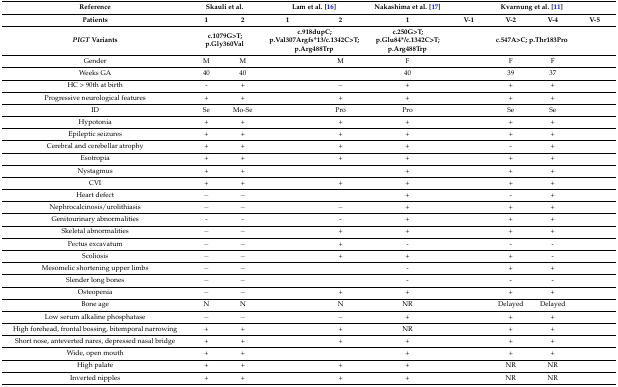
<table><thead><tr><td><b>Reference</b></td><td colspan="2"><b>Skauli et al.</b></td><td colspan="2"><b>Lam et al. [16]</b></td><td><b>Nakashima et al. [17]</b></td><td colspan="4"><b>Kvarnung et al. [11]</b></td></tr><tr><td><b>Patients</b></td><td><b>1</b></td><td><b>2</b></td><td><b>1</b></td><td><b>2</b></td><td><b>1</b></td><td><b>V-1</b></td><td><b>V-2</b></td><td><b>V-4</b></td><td><b>V-5</b></td></tr><tr><td><b><i>PIGT</i> Variants</b></td><td colspan="2"><b>c.1079G&gt;T; p.Gly360Val</b></td><td colspan="2"><b>c.918dupC; p.Val307Argfs*13/c.1342C&gt;T; p.Arg488Trp</b></td><td><b>c.250G&gt;T; p.Glu84*/c.1342C&gt;T; p.Arg488Trp</b></td><td colspan="4"><b>c.547A&gt;C; p.Thr183Pro</b></td></tr></thead><tbody><tr><td>Gender</td><td>M</td><td>M</td><td>[EMPTY_CELL]</td><td>M</td><td>F</td><td>[EMPTY_CELL]</td><td>F</td><td>F</td><td>[EMPTY_CELL]</td></tr><tr><td>Weeks GA</td><td>40</td><td>40</td><td>[EMPTY_CELL]</td><td>[EMPTY_CELL]</td><td>40</td><td>[EMPTY_CELL]</td><td>39</td><td>37</td><td>[EMPTY_CELL]</td></tr><tr><td>HC &gt; 90th at birth</td><td>-</td><td>+</td><td>[EMPTY_CELL]</td><td>−</td><td>+</td><td>[EMPTY_CELL]</td><td>+</td><td>+</td><td>[EMPTY_CELL]</td></tr><tr><td>Progressive neurological features</td><td>+</td><td>+</td><td>[EMPTY_CELL]</td><td>+</td><td>+</td><td>[EMPTY_CELL]</td><td>+</td><td>+</td><td>[EMPTY_CELL]</td></tr><tr><td>ID</td><td>Se</td><td>Mo-Se</td><td>[EMPTY_CELL]</td><td>Pro</td><td>Pro</td><td>[EMPTY_CELL]</td><td>Se</td><td>Se</td><td>[EMPTY_CELL]</td></tr><tr><td>Hypotonia</td><td>+</td><td>+</td><td>[EMPTY_CELL]</td><td>+</td><td>+</td><td>[EMPTY_CELL]</td><td>+</td><td>+</td><td>[EMPTY_CELL]</td></tr><tr><td>Epileptic seizures</td><td>+</td><td>+</td><td>[EMPTY_CELL]</td><td>+</td><td>+</td><td>[EMPTY_CELL]</td><td>+</td><td>+</td><td>[EMPTY_CELL]</td></tr><tr><td>Cerebral and cerebellar atrophy</td><td>+</td><td>+</td><td>[EMPTY_CELL]</td><td>+</td><td>+</td><td>[EMPTY_CELL]</td><td>-</td><td>+</td><td>[EMPTY_CELL]</td></tr><tr><td>Esotropia</td><td>+</td><td>+</td><td>[EMPTY_CELL]</td><td>+</td><td>+</td><td>[EMPTY_CELL]</td><td>+</td><td>+</td><td>[EMPTY_CELL]</td></tr><tr><td>Nystagmus</td><td>+</td><td>+</td><td>[EMPTY_CELL]</td><td>[EMPTY_CELL]</td><td>+</td><td>[EMPTY_CELL]</td><td>+</td><td>+</td><td>[EMPTY_CELL]</td></tr><tr><td>CVI</td><td>+</td><td>+</td><td>[EMPTY_CELL]</td><td>+</td><td>+</td><td>[EMPTY_CELL]</td><td>+</td><td>+</td><td>[EMPTY_CELL]</td></tr><tr><td>Heart defect</td><td>−</td><td>−</td><td>[EMPTY_CELL]</td><td>[EMPTY_CELL]</td><td>+</td><td>[EMPTY_CELL]</td><td>-</td><td>+</td><td>[EMPTY_CELL]</td></tr><tr><td>Nephrocalcinosis/urolithiasis</td><td>−</td><td>−</td><td>[EMPTY_CELL]</td><td>−</td><td>+</td><td>[EMPTY_CELL]</td><td>+</td><td>+</td><td>[EMPTY_CELL]</td></tr><tr><td>Genitourinary abnormalities</td><td>-</td><td>-</td><td>[EMPTY_CELL]</td><td>-</td><td>+</td><td>[EMPTY_CELL]</td><td>+</td><td>+</td><td>[EMPTY_CELL]</td></tr><tr><td>Skeletal abnormalities</td><td>−</td><td>−</td><td>[EMPTY_CELL]</td><td>+</td><td>+</td><td>[EMPTY_CELL]</td><td>+</td><td>+</td><td>[EMPTY_CELL]</td></tr><tr><td>Pectus excavatum</td><td>−</td><td>−</td><td>[EMPTY_CELL]</td><td>+</td><td>-</td><td>[EMPTY_CELL]</td><td>-</td><td>-</td><td>[EMPTY_CELL]</td></tr><tr><td>Scoliosis</td><td>−</td><td>−</td><td>[EMPTY_CELL]</td><td>+</td><td>+</td><td>[EMPTY_CELL]</td><td>+</td><td>-</td><td>[EMPTY_CELL]</td></tr><tr><td>Mesomelic shortening upper limbs</td><td>−</td><td>−</td><td>[EMPTY_CELL]</td><td>[EMPTY_CELL]</td><td>-</td><td>[EMPTY_CELL]</td><td>+</td><td>+</td><td>[EMPTY_CELL]</td></tr><tr><td>Slender long bones</td><td>−</td><td>−</td><td>[EMPTY_CELL]</td><td>[EMPTY_CELL]</td><td>-</td><td>[EMPTY_CELL]</td><td>-</td><td>-</td><td>[EMPTY_CELL]</td></tr><tr><td>Osteopenia</td><td>−</td><td>−</td><td>[EMPTY_CELL]</td><td>+</td><td>+</td><td>[EMPTY_CELL]</td><td>+</td><td>+</td><td>[EMPTY_CELL]</td></tr><tr><td>Bone age</td><td>N</td><td>N</td><td>[EMPTY_CELL]</td><td>N</td><td>NR</td><td>[EMPTY_CELL]</td><td>Delayed</td><td>Delayed</td><td>[EMPTY_CELL]</td></tr><tr><td>Low serum alkaline phosphatase</td><td>−</td><td>−</td><td>[EMPTY_CELL]</td><td>−</td><td>+</td><td>[EMPTY_CELL]</td><td>+</td><td>+</td><td>[EMPTY_CELL]</td></tr><tr><td>High forehead, frontal bossing, bitemporal narrowing</td><td>+</td><td>+</td><td>[EMPTY_CELL]</td><td>+</td><td>NR</td><td>[EMPTY_CELL]</td><td>+</td><td>+</td><td>[EMPTY_CELL]</td></tr><tr><td>Short nose, anteverted nares, depressed nasal bridge</td><td>+</td><td>+</td><td>[EMPTY_CELL]</td><td>+</td><td>+</td><td>[EMPTY_CELL]</td><td>+</td><td>+</td><td>[EMPTY_CELL]</td></tr><tr><td>Wide, open mouth</td><td>+</td><td>+</td><td>[EMPTY_CELL]</td><td>[EMPTY_CELL]</td><td>+</td><td>[EMPTY_CELL]</td><td>+</td><td>+</td><td>[EMPTY_CELL]</td></tr><tr><td>High palate</td><td>+</td><td>+</td><td>[EMPTY_CELL]</td><td>+</td><td>+</td><td>[EMPTY_CELL]</td><td>NR</td><td>NR</td><td>[EMPTY_CELL]</td></tr><tr><td>Inverted nipples</td><td>+</td><td>+</td><td>[EMPTY_CELL]</td><td>+</td><td>+</td><td>[EMPTY_CELL]</td><td>NR</td><td>NR</td><td>[EMPTY_CELL]</td></tr></tbody></table>